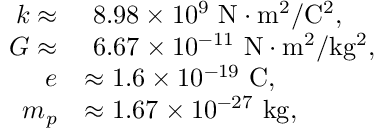
\begin{array} { r l } { k \approx } & { ~ 8 . 9 8 \times 1 0 ^ { 9 } ~ \mathrm { N \cdot m ^ { 2 } / C ^ { 2 } } , } \\ { G \approx } & { ~ 6 . 6 7 \times 1 0 ^ { - 1 1 } ~ \mathrm { N \cdot m ^ { 2 } / k g ^ { 2 } } , } \\ { e } & { \approx 1 . 6 \times 1 0 ^ { - 1 9 } ~ \mathrm { C } , } \\ { m _ { p } } & { \approx 1 . 6 7 \times 1 0 ^ { - 2 7 } ~ \mathrm { k g } , } \end{array}